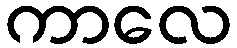
ကာလေ